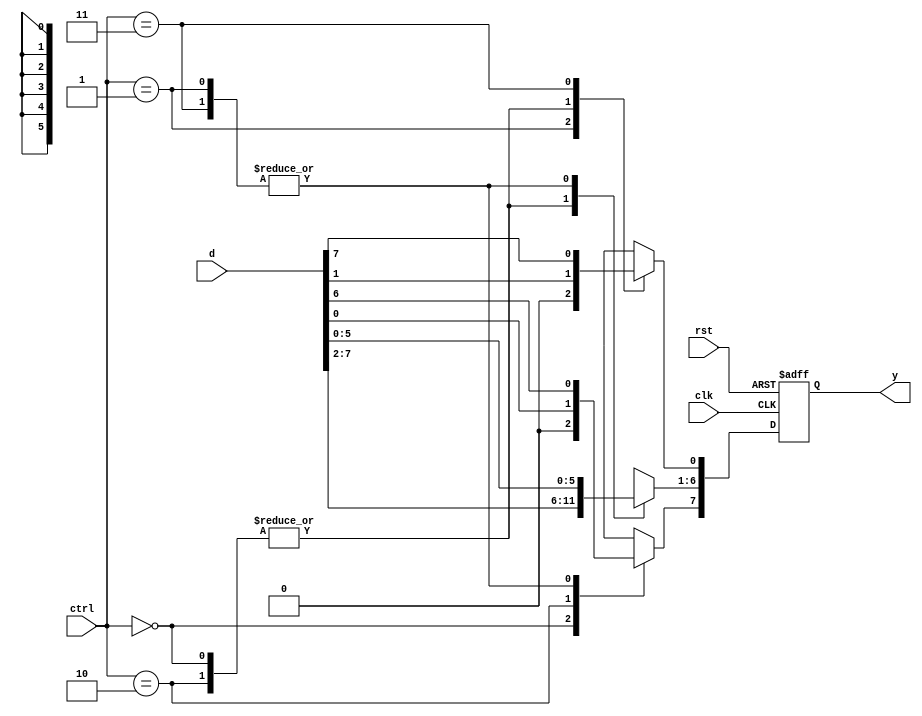
`timescale 1ns / 1ps
//////////////////////////////////////////////////////////////////////////////////
// Company: 
// Engineer: 
// 
// Design Name: 
// Module Name: universal_shift_register
// Project Name: 
// Target Devices: 
// Tool Versions: 
// Description: 
// 
// Dependencies: 
// 
// Revision:
// Revision 0.01 - File Created
// Additional Comments:
// 
//////////////////////////////////////////////////////////////////////////////////


//module universal_shift_register #(parameter N=8)(
//input clk,rst,lrbar,czbar,
//input[N-1:0]x,
//output reg [N-1:0]y);

//always@(posedge clk)
//begin
//    if(rst)
//    begin
//    y<=0;
//    end
//    else
//        begin
//        case({lrbar,czbar})
//            2'b00:begin
//                    y[7]<=0;
//                    y[6 :0]<=x[7: 1];
//                  end
//            2'b01:begin
//                    y[7]<=x[0];
//                    y[6 :0]<=x[7 :1];
//                  end
//            2'b10:begin
//                    y[0]<=0;
//                    y[7 :1]<=x[6 :0];
//                   end
//            2'b11:begin
//                    y[0]<=x[7];
//                    y[7: 1]<= x[6: 0];
//                  end
//        endcase
                               
//        end
//end

//endmodule


module universal_shift_register (input clk,rst,input [1:0]ctrl,input[7:0]d,output reg[7:0]y);



always@(posedge clk,posedge rst)
begin
if(rst)
y<=0;
else
begin

case(ctrl)
2'b00:begin //RIGHT SHIFT APPEND ZERO
        y[7]   <= 0;
        y[6:0] <= d[7:1];
      end  


2'b01:begin //LEFT SHIFT APPEND ZERO
        y[0] <= 0;
        y[7:1] <= d[6:0];
        end  

2'b10:begin //CIRCULAR RIGHT SHIFT
        y[7]<=d[0];
        y[6:0]<=d[7:1];
      end
      
2'b11:begin //CIRCULAR LEFT SHIFT
        y[0] <= d[7];
        y[7:1] <= d[6:0];
      end  
      default:begin end
           
        
endcase
end
end
endmodule